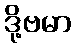
ဒို့ဗမာ